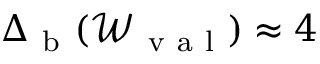
\Delta _ { \mathrm { ~ b ~ } } ( \mathcal { W } _ { \mathrm { ~ v ~ a ~ l ~ } } ) \approx 4